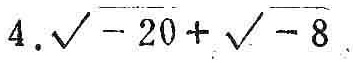
$4.\sqrt{-20}+\sqrt{-8}$